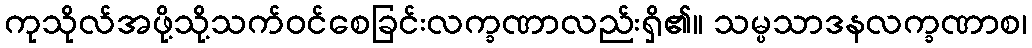
ကုသိုလ်အဖို့သို့သက်ဝင်စေခြင်းလက္ခဏာလည်းရှိ၏။ သမ္ပသာဒနလက္ခဏာစ၊